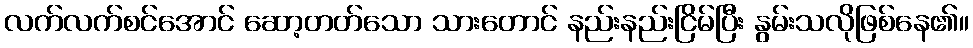
လက်လက်စင်အောင် ဆော့တတ်သော သားတောင် နည်းနည်းငြိမ်ပြီး နွမ်းသလိုဖြစ်နေ၏။